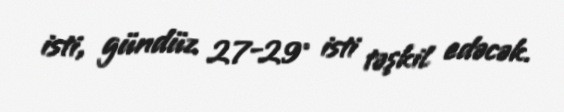
isti, gündüz 27-29° isti təşkil edəcək.